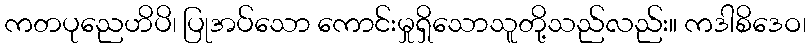
ကတပုညေဟိပိ၊ ပြုအပ်သော ကောင်းမှုရှိသောသူတို့သည်လည်း။ ကဒါစိဒေဝ၊